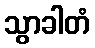
သွာခါတံ